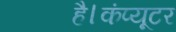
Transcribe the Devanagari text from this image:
है।कंप्यूटर